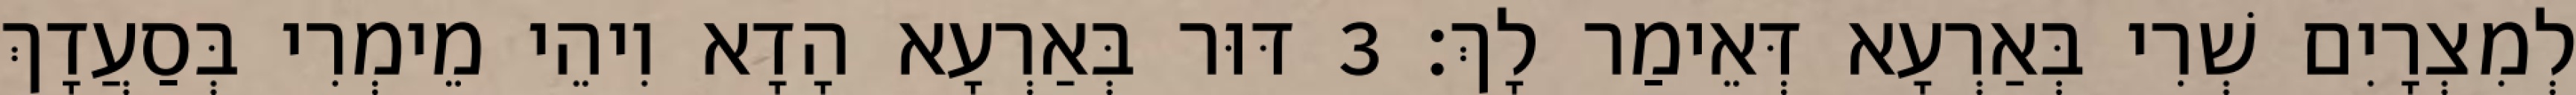
לְמִצְרָיִם שְׁרִי בְּאַרְעָא דְּאֵימַר לָךְ׃ 3 דּוּר בְּאַרְעָא הָדָא וִיהֵי מֵימְרִי בְּסַעֲדָךְ